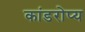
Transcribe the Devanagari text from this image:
कांडरोप्य